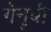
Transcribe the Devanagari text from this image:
गेनुबी